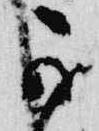
可